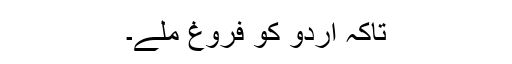
تاکہ اردو کو فروغ ملے۔